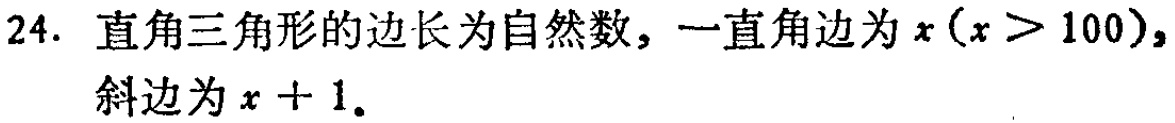
24. 直角三角形的边长为自然数，一直角边为\(x(x > 100)\)，斜边为\(x + 1\)。